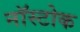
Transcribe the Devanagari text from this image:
नॉस्टोक